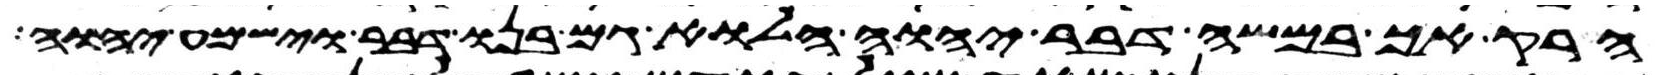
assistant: הרק אך במשה דבר יהוה הלוא גם בנו דבר וישמע יהוה